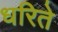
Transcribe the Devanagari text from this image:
धरिते